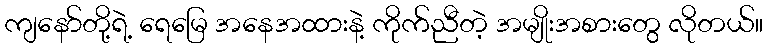
ကျနော်တို့ရဲ့ ရေမြေ အနေအထားနဲ့ ကိုက်ညီတဲ့ အမျိုးအစားတွေ လိုတယ်။